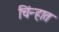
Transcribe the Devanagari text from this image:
चिंन्हात